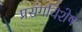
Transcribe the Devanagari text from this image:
प्रसंगविशेष